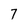
Character: 7